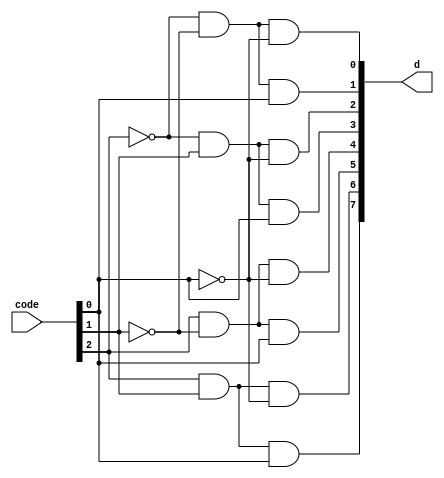
`timescale 1ns/1ns

//A simple 3X8 decoder
module decoder(
  input wire [2:0]code,
  output wire [7:0]d
);
  wire not_a,not_b,not_c;
  wire a,b,c;
  // a,b,c represent the bits from left hand side respectively
  buf d1(a,code[2]);
  buf d2(b,code[1]);
  buf d3(c,code[0]);
  
  //Finding nots of three bits
  not a1(not_a,code[2]);
  not b1(not_b,code[1]);
  not c1(not_c,code[0]);

  and l0(d[0],not_a,not_b,not_c);//d0=a'b'c'
  and l1(d[1],not_a,not_b,c);	 //d1=a'b'c
  and l2(d[2],not_a,b,not_c);	 //d2=a'bc'
  and l4(d[3],not_a,b,c);	 //d3=a'bc
  and l3(d[4],a,not_b,not_c);	 //d4=ab'c'
  and l5(d[5],a,not_b,c);	 //d5=ab'c
  and l6(d[6],a,b,not_c);	 //d6=abc'
  and l7(d[7],a,b,c);		 //d7=abc
  
endmodule